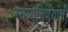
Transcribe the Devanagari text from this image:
न्यायनिर्णयांची